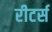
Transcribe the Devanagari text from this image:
रीटर्स